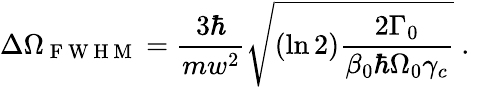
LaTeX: \Delta\Omega_{\mathrm{~F~W~H~M~}}=\frac{3\hbar}{mw^{2}}\sqrt{(\ln{2})\frac{2\Gamma_{0}}{\beta_{0}\hbar\Omega_{0}\gamma_{c}}}\mathrm{~.~}